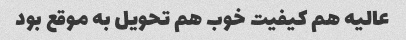
عالیه هم کیفیت خوب هم تحویل به موقع بود